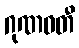
ဂုဏဝတီ